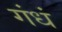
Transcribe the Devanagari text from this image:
गंधं